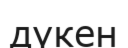
дүкен